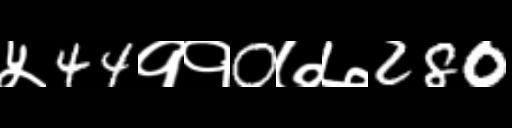
Text: ५44११0७७280